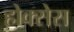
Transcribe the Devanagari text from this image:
होक्सेस